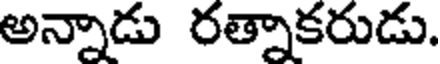
అన్నాడు రత్నాకరుడు.